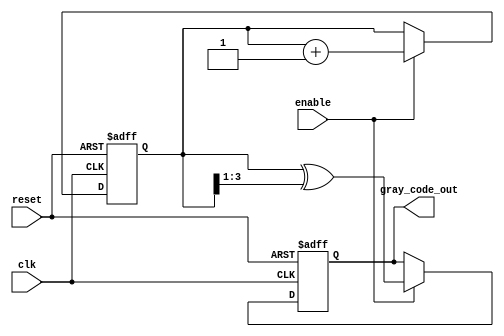
module gray_code_counter #(
    parameter N = 4  // Bit width of the counter
)(
    input wire clk,          // Clock input
    input wire reset,        // Asynchronous reset input
    input wire enable,       // Enable input
    output reg [N-1:0] gray_code_out // Output Gray code value
);
    
    // Internal binary counter register
    reg [N-1:0] binary_counter;

    // Gray code conversion function
    function [N-1:0] binary_to_gray;
        input [N-1:0] binary;
        begin
            binary_to_gray = binary ^ (binary >> 1);
        end
    endfunction

    // Asynchronous reset and counting logic
    always @(posedge clk or posedge reset) begin
        if (reset) begin
            // Reset the binary counter and Gray code output
            binary_counter <= 0;
            gray_code_out <= binary_to_gray(0);
        end else if (enable) begin
            // Increment the binary counter
            binary_counter <= binary_counter + 1;
            // Convert to Gray code
            gray_code_out <= binary_to_gray(binary_counter);
        end
    end

endmodule